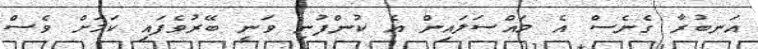
އަނބުރާ ގެނެސް އެ މައްސަލައިން އެ ކުންފުނި ވަނީ ބޭރުވެފައި ކަމަށް ވެސް